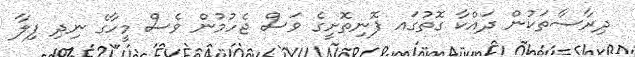
ދިރާސާތަކުން ދައްކާ ގޮތުގައ ފޮނިތޮށީގެ ވަސް ޖެހުމުން ވެސް މީހާގެ ނިދި ފިލާ